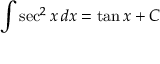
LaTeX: \int \sec ^ { 2 } { x } \, d x = \tan { x } + C